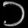
Digit: ၁